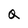
Character: Q